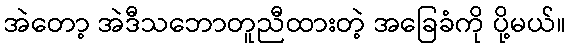
အဲတော့ အဲဒီသဘောတူညီထားတဲ့ အခြေခံကို ပို့မယ်။